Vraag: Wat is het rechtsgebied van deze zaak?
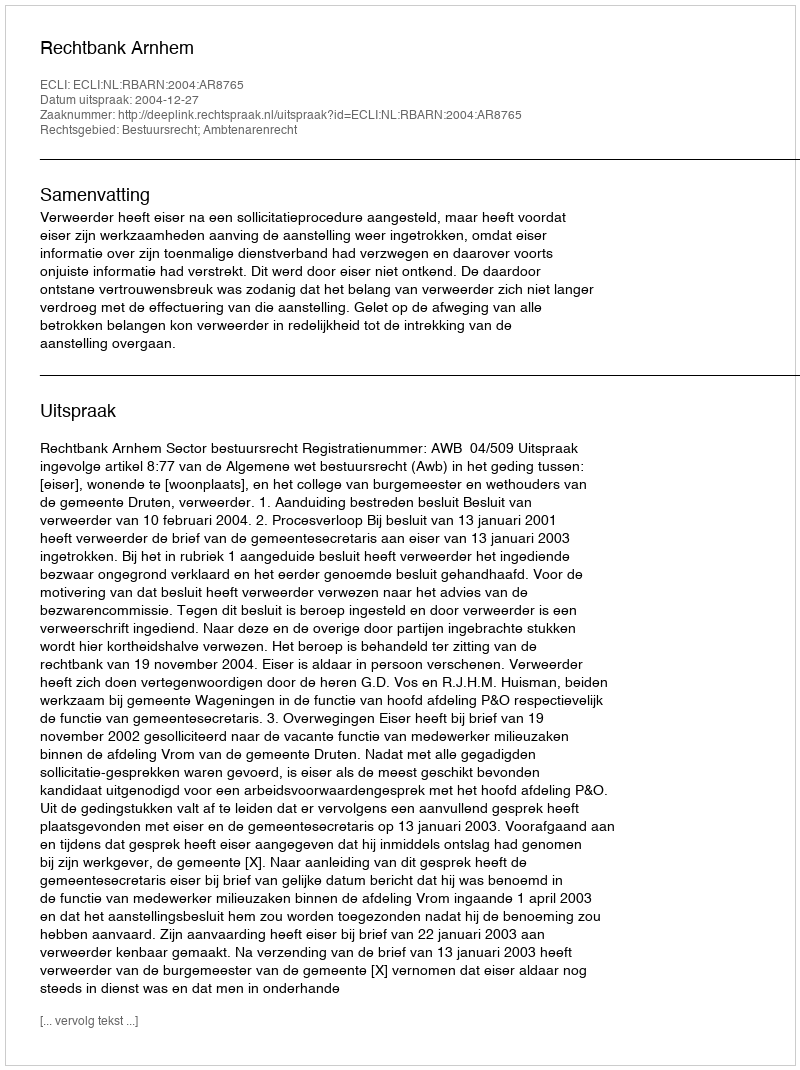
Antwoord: Bestuursrecht; Ambtenarenrecht